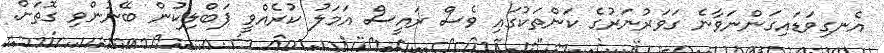
އެނގިވަޑައިގަންނަވާނެ ގަވަރުނަރުގެ ކަންތަކުގައި ވެސް ރައީސް އަމަލު ކުރެއްވީ ޕަބްލިކުން ބޭނުންވި ގޮތަށް.